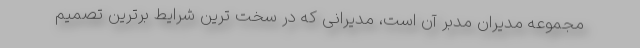
مجموعه مدیران مدبر آن است، مدیرانی که در سخت ترین شرایط برترین تصمیم